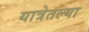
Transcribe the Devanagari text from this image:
यात्रेतल्या